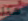
هنا